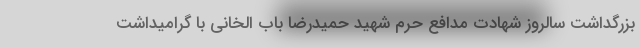
بزرگداشت سالروز شهادت مدافع حرم شهید حمیدرضا باب الخانی با گرامیداشت